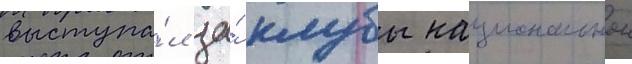
выступа́л за́ клубы национальнои